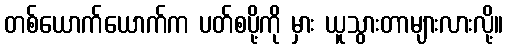
တစ်ယောက်ယောက်က ပတ်စပို့ကို မှား ယူသွားတာများလားလို့။